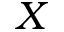
X